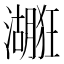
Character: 𱩻